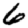
Digit: 6